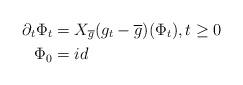
LaTeX: \begin{align*}\partial_t \Phi_t &= X_{\overline{g}}(g_t-\overline{g})(\Phi_t), t\geq0 \\\Phi_0 &= id \end{align*}